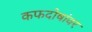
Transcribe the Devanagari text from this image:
कफदोषांवर